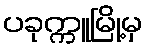
ပခုက္ကူမြို့မှ